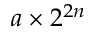
a \times 2 ^ { 2 n }